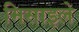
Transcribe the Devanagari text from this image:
मिसाइले